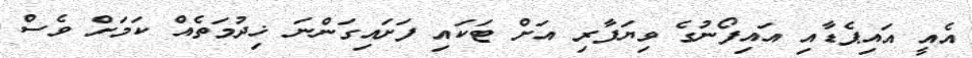
އެއީ އައިޕެޑާއި އައިފޯނުގެ ވިޔަފާރި އަށް ޓަކައި ފަށައިގަންނަ ޚިދުމަތެއް ކަމަށް ވެސް